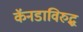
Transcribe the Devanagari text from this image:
कॅनडाविरुद्ध